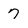
Character: 7